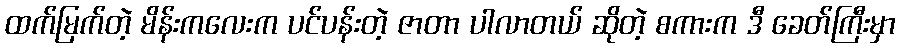
ထက်မြက်တဲ့ မိန်းကလေးက ပင်ပန်းတဲ့ ဇာတာ ပါလာတယ် ဆိုတဲ့ စကားက ဒီ ခေတ်ကြီးမှာ